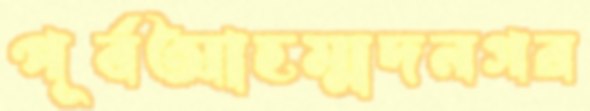
পূর্বআহম্মদনগর